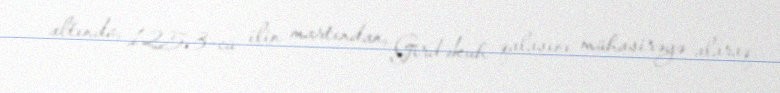
altında, 1253-cü ilin martından, Girdəkuh qalasını mühasirəyə alaraq,